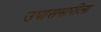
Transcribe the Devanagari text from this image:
उपासमारीला